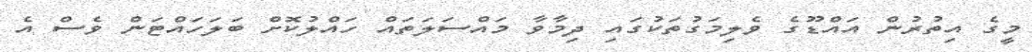
މީގެ އިތުރުން އައްޑޫގެ ވެލިމަގުތަކުގައި ދިމާވާ މައްސަލަތައް ހައްލުކޮށް ބަލަހައްޓަން ވެސް އެ